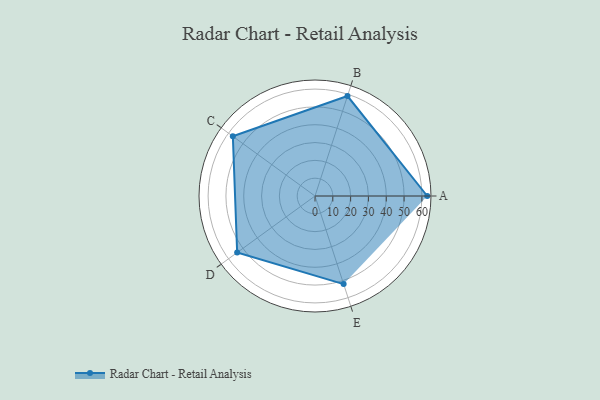
{"axis": {"x": "Skill", "y": "Score"}, "legend": ["Profile"], "data": [{"x": "A", "y": 63.0, "type": "Profile"}, {"x": "B", "y": 59.0, "type": "Profile"}, {"x": "C", "y": 57.0, "type": "Profile"}, {"x": "D", "y": 54.0, "type": "Profile"}, {"x": "E", "y": 52.0, "type": "Profile"}]}